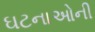
ઘટનાઓની